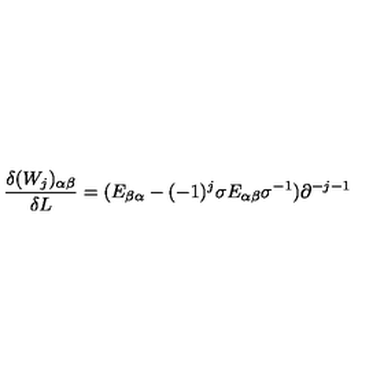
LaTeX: \frac { \delta ( W _ { j } ) _ { \alpha \beta } } { \delta L } = ( E _ { \beta \alpha } - ( - 1 ) ^ { j } \sigma E _ { \alpha \beta } \sigma ^ { - 1 } ) \partial ^ { - j - 1 }